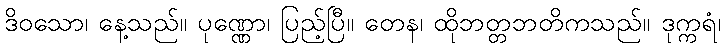
ဒိဝသော၊ နေ့သည်။ ပုဏ္ဏော၊ ပြည့်ပြီ။ တေန၊ ထိုဘတ္တဘတိကသည်။ ဒုက္ကရံ၊